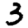
Digit: 3